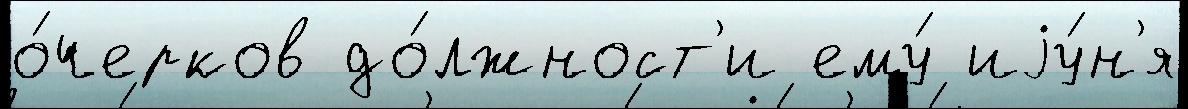
о́черков до́лжност'и ему́ иjу́н'я